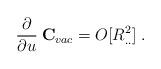
LaTeX: \begin{align*}\frac{\partial}{\partial u}\: {\bf C}_{vac} = O[R^2_{..}]\; .\end{align*}